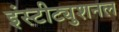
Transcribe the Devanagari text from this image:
इंस्टीट्युशनल